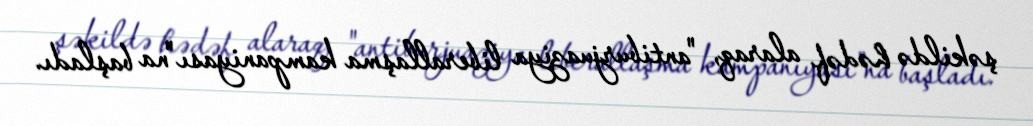
şəkildə hədəf alaraq, "antiburjuaziya liberallaşma kampaniyası"na başladı.